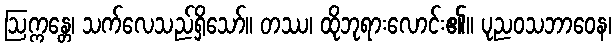
ဩက္ကန္တေ၊ သက်လေသည်ရှိသော်။ တဿ၊ ထိုဘုရားလောင်း၏။ ပုညဝသဘာဝေန၊